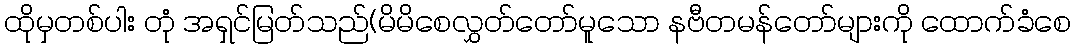
ထိုမှတစ်ပါး တုံ အရှင်မြတ်သည်(မိမိစေလွှတ်တော်မူသော နဗီတမန်တော်များကို ထောက်ခံစေ